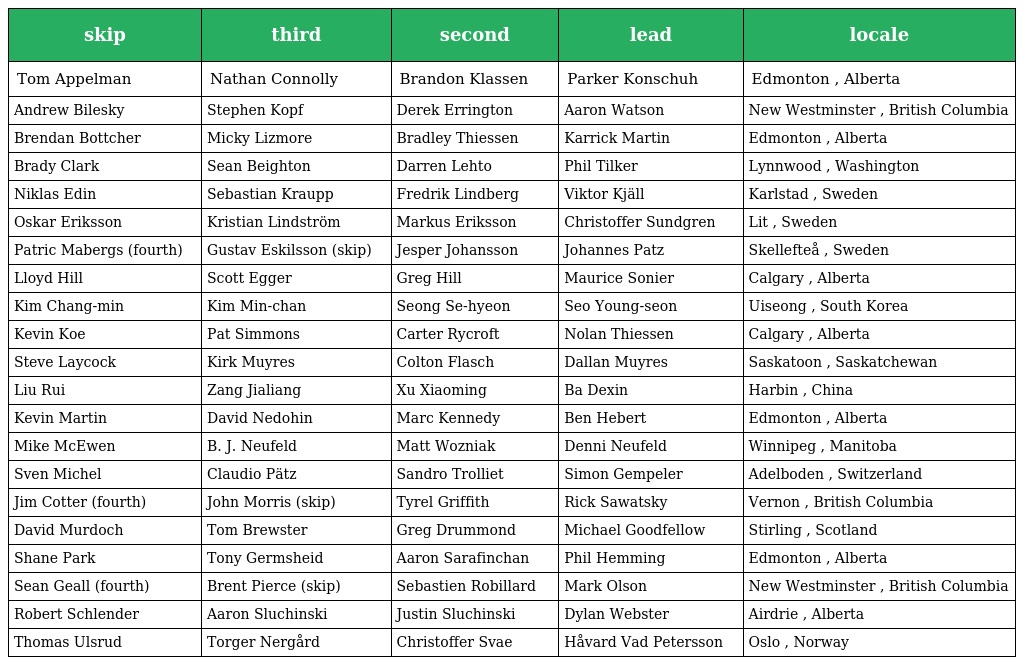
| skip | third | second | lead | locale |
 | --- | --- | --- | --- | --- |
 | Tom Appelman | Nathan Connolly | Brandon Klassen | Parker Konschuh | Edmonton , Alberta |
 | Andrew Bilesky | Stephen Kopf | Derek Errington | Aaron Watson | New Westminster , British Columbia |
 | Brendan Bottcher | Micky Lizmore | Bradley Thiessen | Karrick Martin | Edmonton , Alberta |
 | Brady Clark | Sean Beighton | Darren Lehto | Phil Tilker | Lynnwood , Washington |
 | Niklas Edin | Sebastian Kraupp | Fredrik Lindberg | Viktor Kjäll | Karlstad , Sweden |
 | Oskar Eriksson | Kristian Lindström | Markus Eriksson | Christoffer Sundgren | Lit , Sweden |
 | Patric Mabergs (fourth) | Gustav Eskilsson (skip) | Jesper Johansson | Johannes Patz | Skellefteå , Sweden |
 | Lloyd Hill | Scott Egger | Greg Hill | Maurice Sonier | Calgary , Alberta |
 | Kim Chang-min | Kim Min-chan | Seong Se-hyeon | Seo Young-seon | Uiseong , South Korea |
 | Kevin Koe | Pat Simmons | Carter Rycroft | Nolan Thiessen | Calgary , Alberta |
 | Steve Laycock | Kirk Muyres | Colton Flasch | Dallan Muyres | Saskatoon , Saskatchewan |
 | Liu Rui | Zang Jialiang | Xu Xiaoming | Ba Dexin | Harbin , China |
 | Kevin Martin | David Nedohin | Marc Kennedy | Ben Hebert | Edmonton , Alberta |
 | Mike McEwen | B. J. Neufeld | Matt Wozniak | Denni Neufeld | Winnipeg , Manitoba |
 | Sven Michel | Claudio Pätz | Sandro Trolliet | Simon Gempeler | Adelboden , Switzerland |
 | Jim Cotter (fourth) | John Morris (skip) | Tyrel Griffith | Rick Sawatsky | Vernon , British Columbia |
 | David Murdoch | Tom Brewster | Greg Drummond | Michael Goodfellow | Stirling , Scotland |
 | Shane Park | Tony Germsheid | Aaron Sarafinchan | Phil Hemming | Edmonton , Alberta |
 | Sean Geall (fourth) | Brent Pierce (skip) | Sebastien Robillard | Mark Olson | New Westminster , British Columbia |
 | Robert Schlender | Aaron Sluchinski | Justin Sluchinski | Dylan Webster | Airdrie , Alberta |
 | Thomas Ulsrud | Torger Nergård | Christoffer Svae | Håvard Vad Petersson | Oslo , Norway |